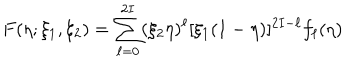
LaTeX: F ( \eta ; \xi _ { 1 } , \xi _ { 2 } ) = \sum _ { \ell = 0 } ^ { 2 I } ( \xi _ { 2 } \eta ) ^ { \ell } [ \xi _ { 1 } ( 1 - \eta ) ] ^ { 2 I - \ell } f _ { \ell } ( \eta ) \